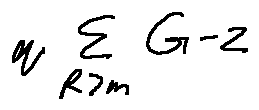
q \sum \limits _ { R > m } G - z